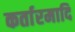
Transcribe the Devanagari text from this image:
कर्तारमादि